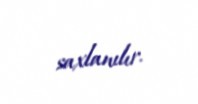
saxlanılır.